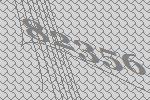
82356